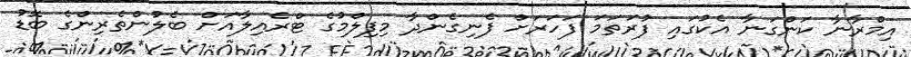
އިމްރާނާ ކަންގަނާ އެކުގައި ފުރަތަމަ ފަހަރަށް ފެނިގެންދާ މިފިލްމުގެ ޓްރެއިލާއަށް ބެލުންތެރިންގެ ބޮޑު